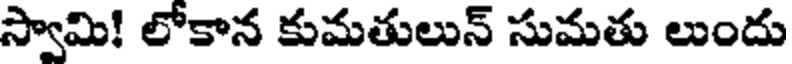
స్వామి! లోకాన కుమతులున్ సుమతు లుందు